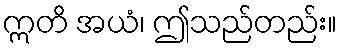
ဣတိ အယံ၊ ဤသည်တည်း။